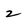
Character: 2